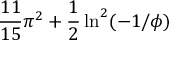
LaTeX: { \frac { 1 1 } { 1 5 } } \pi ^ { 2 } + { \frac { 1 } { 2 } } \ln ^ { 2 } ( - 1 / \phi )